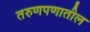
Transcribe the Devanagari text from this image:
तरुणपणातील